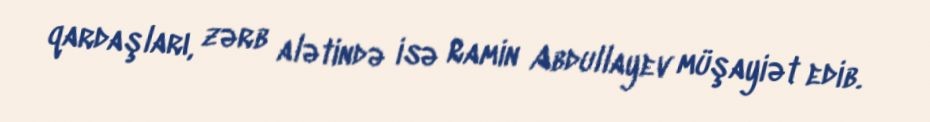
qardaşları, zərb alətində isə Ramin Abdullayev müşayiət edib.